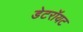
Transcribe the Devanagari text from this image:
डेटरॉयट